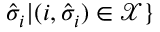
\hat { \sigma } _ { i } | ( i , \hat { \sigma } _ { i } ) \in \mathcal { X } \}